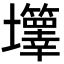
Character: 𡔄